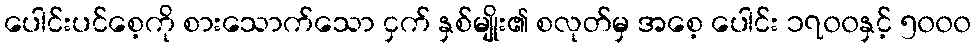
ပေါင်းပင်စေ့ကို စားသောက်သော ငှက် နှစ်မျိုး၏ စလုတ်မှ အစေ့ ပေါင်း ၁၇၀၀နှင့် ၅၀၀၀